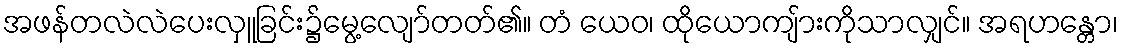
အဖန်တလဲလဲပေးလှူခြင်း၌မွေ့လျော်တတ်၏။ တံ ယေဝ၊ ထိုယောကျ်ားကိုသာလျှင်။ အရဟန္တော၊